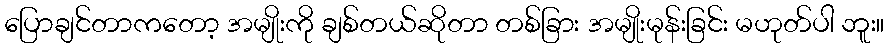
ပြောချင်တာကတော့ အမျိုးကို ချစ်တယ်ဆိုတာ တစ်ခြား အမျိုးမုန်းခြင်း မဟုတ်ပါ ဘူး။